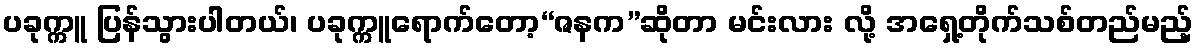
ပခုက္ကူ ပြန်သွားပါတယ်၊ ပခုက္ကူရောက်တော့“ဇနက”ဆိုတာ မင်းလား လို့ အရှေ့တိုက်သစ်တည်မည့်